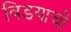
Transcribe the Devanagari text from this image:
विडयाची